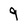
Character: 9